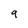
Character: 9